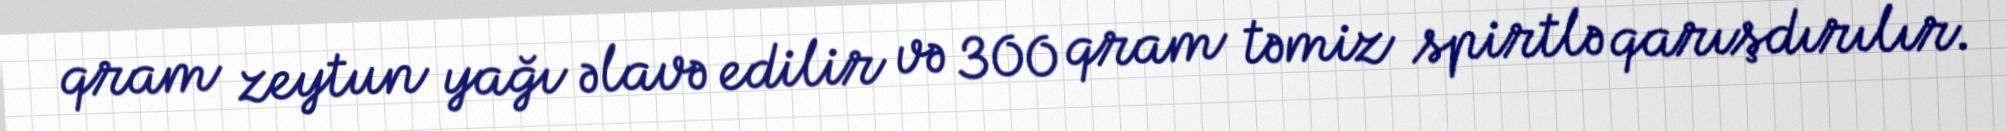
qram zeytun yağı əlavə edilir və 300 qram təmiz spirtlə qarışdırılır.